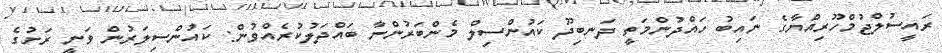
ރައީސުލްޖުމްހޫރިއްޔާގެ ނައިބު ހައްދުންމަތީ ދަނބިދޫ ކައުންސިލް މެންބަރުންނާ ބައްދަލުކުރެއްވުން: ކައުންސިލަރުން ވަނީ ރަށުގެ